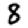
Digit: 8